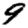
Digit: 9